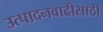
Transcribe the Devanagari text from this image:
उत्पादनवाढीसाठी